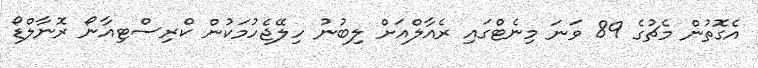
އެގޮތުން މެޗުގެ 89 ވަނަ މިނެޓްގައި ރެއާލްއަށް ލިބުނު ހިލޭޖެހުމަކުން ކްރިސްޓިއާނޯ ރޮނާލްޑޯ